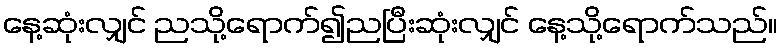
နေ့ဆုံးလျှင် ညသို့ရောက်၍ညပြီးဆုံးလျှင် နေ့သို့ရောက်သည်။